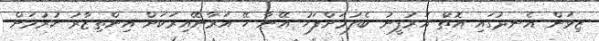
ޒިވަން އެނދުގައި އޮތް އަރުފީނު ބެލުމަށްފަހު އޭނާ ހޭ އަރާނޭއިރަކަށް އިންތިޒާރު ކުރުމަށް